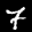
Label: 7